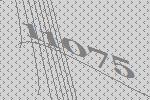
11075